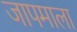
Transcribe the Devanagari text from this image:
जापमाला